Lunatic asylums Central Provinces reports 1886-1894 - 1886-1894
Year: 1886
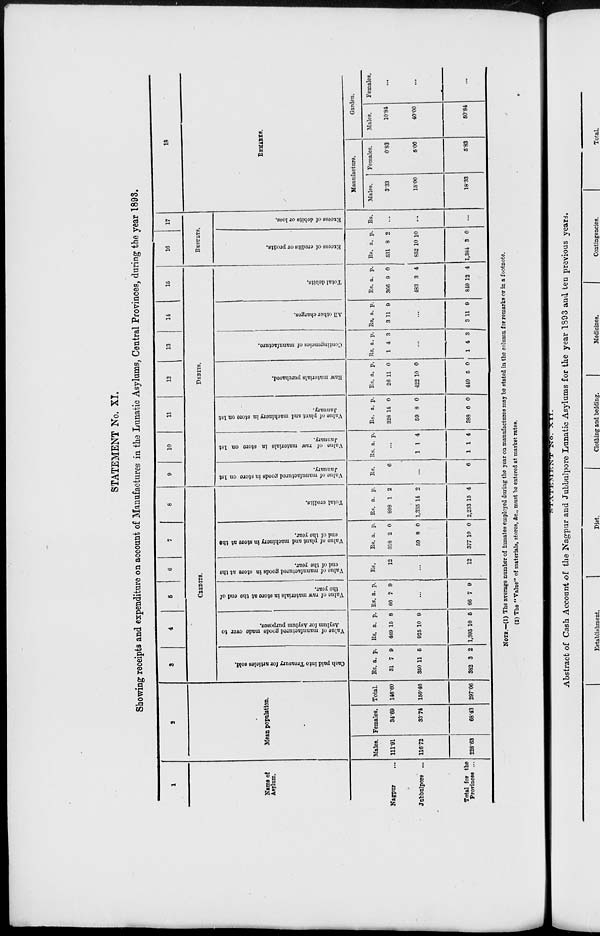
STATEMENT No. XI.
Showing receipts and expenditure on account of Manufactures in the Lunatic Asylums, Central Provinces, during the year 1893.
1
Name of
Asylum.
Nagpur ...
Jubbulpore ...
Total for the
Provinces ...
2
Mean population.
Males.
111.91
116.72
228.63
Females.
34.69
33.74
68.43
Total.
146.60
150.46
297.06
3
4
5
6
7
8
CREDITS.
Cash paid into Treasury for articles sold.
Rs.
31
350
382
a.
7
11
3
p.
9
6
2
Value of manufactured goods made over to
Asylum for Asylum purposes.
Rs.
469
925
1,395
a.
15
10
10
p.
8
9
5
Value
of raw materials
in store
at the end of
the year.
Rs.
66
a.
7
p.
9
...
66 7 9
Value of manufactured goods in store
at the
end
of the year.
Rs.
12
...
12
Value
of plant and machinery in store
at the
end of the year.
Rs
318
59
377
a.
2
8
10
p.
0
0
0
Total credits.
Rs.
898
1,335
2,233
a.
1
14
15
p.
2
2
4
9
10
11
12
13
14
15
DEBITS.
Value of manufactured goods in store on 1st
January.
Rs.
6
...
6
Value of raw materials
in store on 1st
January.
Rs. a.
p.
...
1
1
1
1
4
4
Value of plant and machinery in store on 1st
January.
Rs.
328
59
388
a.
14
8
6
p.
0
0
0
Raw
materials purchased.
Rs.
26
422
449
a.
11
10
5
p.
0
0
0
Contingencies of manufacture.
Rs.
1
a.
4
p.
3
...
1 4 3
All other charges.
Rs
3
a.
11
p.
9
...
3 11 9
Total debits.
Rs.
366
483
849
a.
9
3
12
p.
0
4
4
16
17
RESULTS.
Excess of credits or profits.
Rs.
531
852
1,384
a.
8
10
3
p.
2
10
0
Excess of debits or loss.
Rs.
...
...
...
18
REMARKS.
Manufacture.
Males.
3.33
15.00
18.33
Females.
0.83
5.00
5.83
Garden.
Males.
10.84
40.00
50.84
Females.
...
...
...
NOTE.—(1) The average number of inmates employed during the year on manufactures may be stated in the column for remarks or in a footnote.
(2) The " Value" of materials, stores, &c., must be entered at market rates.